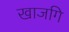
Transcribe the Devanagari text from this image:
खाजगि